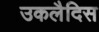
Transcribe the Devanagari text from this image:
उकलैदिस